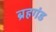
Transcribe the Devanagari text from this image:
ब्रहगंड